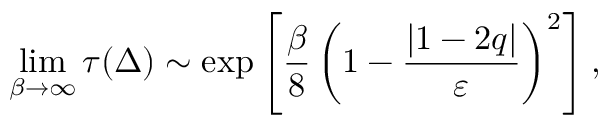
\operatorname* { l i m } _ { \beta \to \infty } \tau ( \Delta ) \sim \mathrm { e x p } \left[ \frac { \beta } { 8 } \left( 1 - \frac { | 1 - 2 q | } { \varepsilon } \right) ^ { 2 } \right] ,